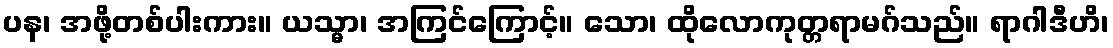
ပန၊ အဖို့တစ်ပါးကား။ ယသ္မာ၊ အကြင်ကြောင့်။ သော၊ ထိုလောကုတ္တရာမဂ်သည်။ ရာဂါဒီဟိ၊